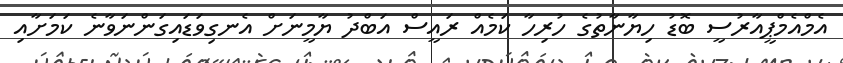
އެމްއެމްޕީއާރުސީ ބޮޑު ހިޔާނާތުގެ ހުރިހާ ކަމެއް ރައީސް އަބްދު ޔާމީނަށް އެނގިވަޑައިގަންނަވާނެ ކަމަށާއި